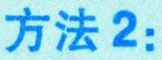
方法 2：